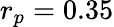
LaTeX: r_{p}=0.35